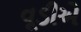
વૂડીએ